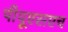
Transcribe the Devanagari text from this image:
पीयूएसएच